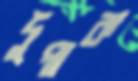
দুপাক